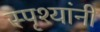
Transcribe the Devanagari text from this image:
स्पृश्यांनी